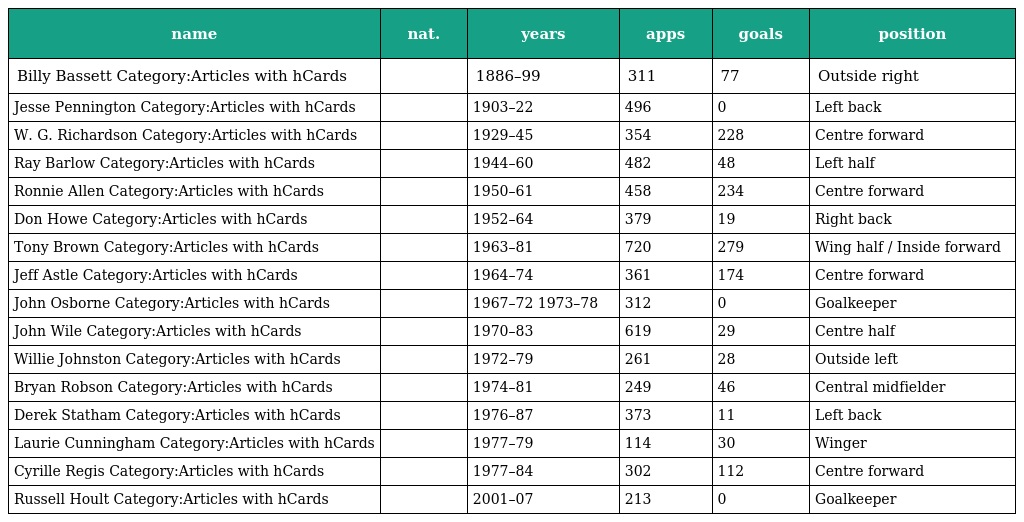
| name | nat. | years | apps | goals | position |
 | --- | --- | --- | --- | --- | --- |
 | Billy Bassett Category:Articles with hCards |  | 1886–99 | 311 | 77 | Outside right |
 | Jesse Pennington Category:Articles with hCards |  | 1903–22 | 496 | 0 | Left back |
 | W. G. Richardson Category:Articles with hCards |  | 1929–45 | 354 | 228 | Centre forward |
 | Ray Barlow Category:Articles with hCards |  | 1944–60 | 482 | 48 | Left half |
 | Ronnie Allen Category:Articles with hCards |  | 1950–61 | 458 | 234 | Centre forward |
 | Don Howe Category:Articles with hCards |  | 1952–64 | 379 | 19 | Right back |
 | Tony Brown Category:Articles with hCards |  | 1963–81 | 720 | 279 | Wing half / Inside forward |
 | Jeff Astle Category:Articles with hCards |  | 1964–74 | 361 | 174 | Centre forward |
 | John Osborne Category:Articles with hCards |  | 1967–72 1973–78 | 312 | 0 | Goalkeeper |
 | John Wile Category:Articles with hCards |  | 1970–83 | 619 | 29 | Centre half |
 | Willie Johnston Category:Articles with hCards |  | 1972–79 | 261 | 28 | Outside left |
 | Bryan Robson Category:Articles with hCards |  | 1974–81 | 249 | 46 | Central midfielder |
 | Derek Statham Category:Articles with hCards |  | 1976–87 | 373 | 11 | Left back |
 | Laurie Cunningham Category:Articles with hCards |  | 1977–79 | 114 | 30 | Winger |
 | Cyrille Regis Category:Articles with hCards |  | 1977–84 | 302 | 112 | Centre forward |
 | Russell Hoult Category:Articles with hCards |  | 2001–07 | 213 | 0 | Goalkeeper |